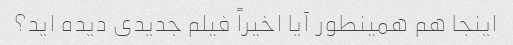
اینجا هم همینطور آیا اخیراً فیلم جدیدی دیده اید؟